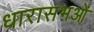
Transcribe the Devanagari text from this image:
धारासभओं